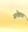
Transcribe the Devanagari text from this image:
सचेष्टता